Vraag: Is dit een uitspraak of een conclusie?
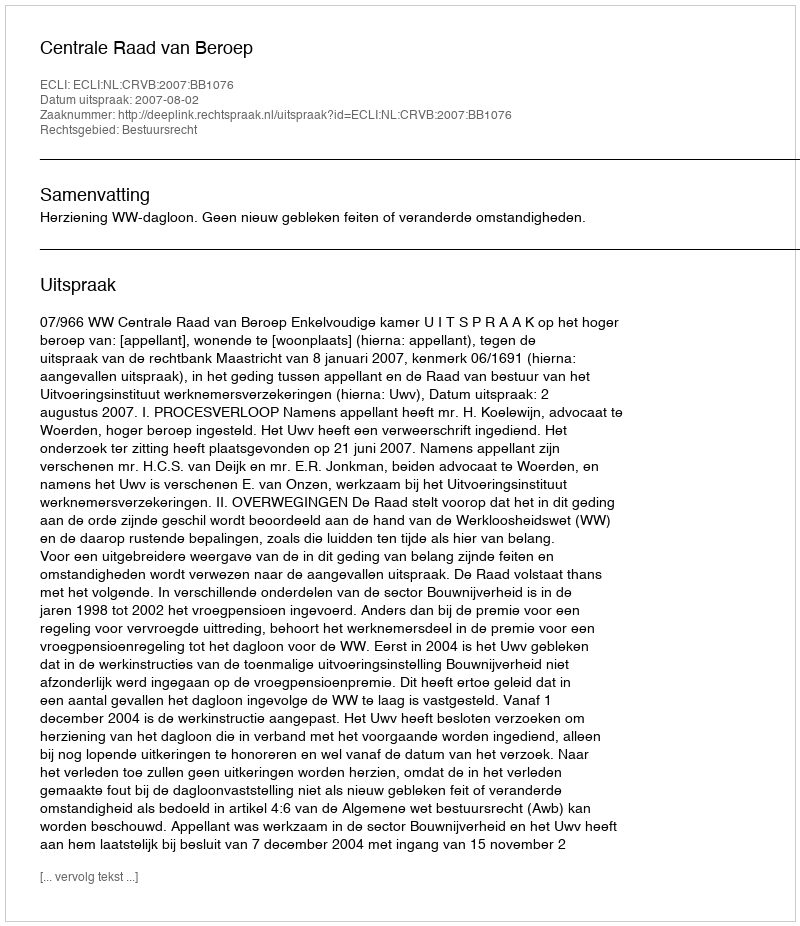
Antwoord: Uitspraak